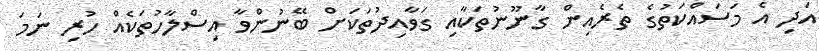
އަދި އެ މަސައްކަތުގެ ތެރެއިން ގާނޫނުތަކާއި ގަވާއިދުތަކަށް ބޭނުންވާ އިސްލާހުތަކެއް ހުރި ނަމަ